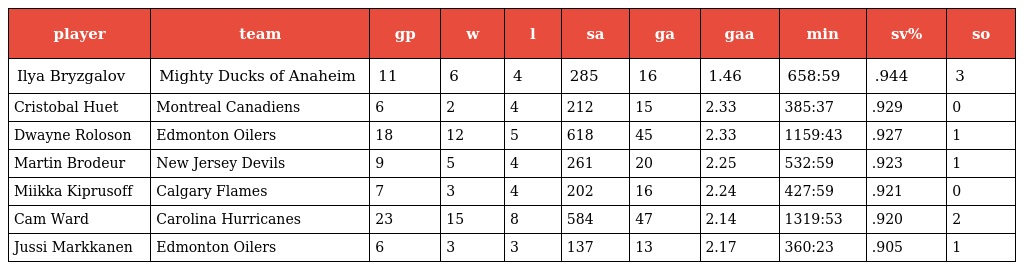
| player | team | gp | w | l | sa | ga | gaa | min | sv% | so |
 | --- | --- | --- | --- | --- | --- | --- | --- | --- | --- | --- |
 | Ilya Bryzgalov | Mighty Ducks of Anaheim | 11 | 6 | 4 | 285 | 16 | 1.46 | 658:59 | .944 | 3 |
 | Cristobal Huet | Montreal Canadiens | 6 | 2 | 4 | 212 | 15 | 2.33 | 385:37 | .929 | 0 |
 | Dwayne Roloson | Edmonton Oilers | 18 | 12 | 5 | 618 | 45 | 2.33 | 1159:43 | .927 | 1 |
 | Martin Brodeur | New Jersey Devils | 9 | 5 | 4 | 261 | 20 | 2.25 | 532:59 | .923 | 1 |
 | Miikka Kiprusoff | Calgary Flames | 7 | 3 | 4 | 202 | 16 | 2.24 | 427:59 | .921 | 0 |
 | Cam Ward | Carolina Hurricanes | 23 | 15 | 8 | 584 | 47 | 2.14 | 1319:53 | .920 | 2 |
 | Jussi Markkanen | Edmonton Oilers | 6 | 3 | 3 | 137 | 13 | 2.17 | 360:23 | .905 | 1 |